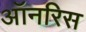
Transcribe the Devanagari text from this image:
ऑनरिस